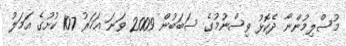
މުސްލިމުންނާ ދެކޮޅު ވިސްނުމުގެ ސަބަބުން 2009 ވަނަ އަހަރު 107 ކުށުގެ އަމަލު